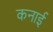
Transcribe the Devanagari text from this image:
कनाई